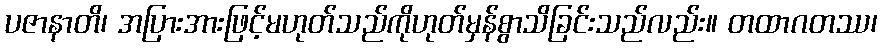
ပဇာနာတိ၊ အပြားအားဖြင့်မဟုတ်သည်ကိုဟုတ်မှန်စွာသိခြင်းသည်လည်း။ တထာဂတဿ၊